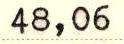
48,06